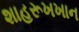
શાહરૂખખાન